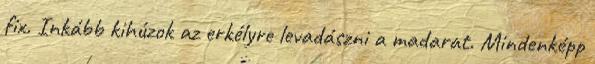
fix. Inkább kihúzok az erkélyre levadászni a madarat. Mindenképp